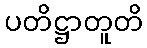
ပတိဋ္ဌာတူတိ